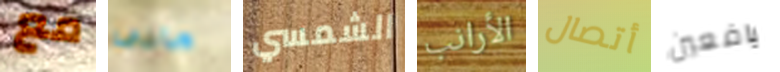
مع مانى الشمسي الأرانب أتصال يافعين